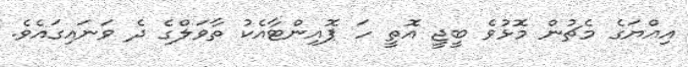
އިއްޔަގެ މެޗުން މޮޅުވެ ބީޖީ އޮތީ ހަ ޕޮއިންޓާއެކު ތާވަލްގެ ދެ ވަނައިގައެވެ.